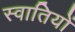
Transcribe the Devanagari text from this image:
स्वातियों